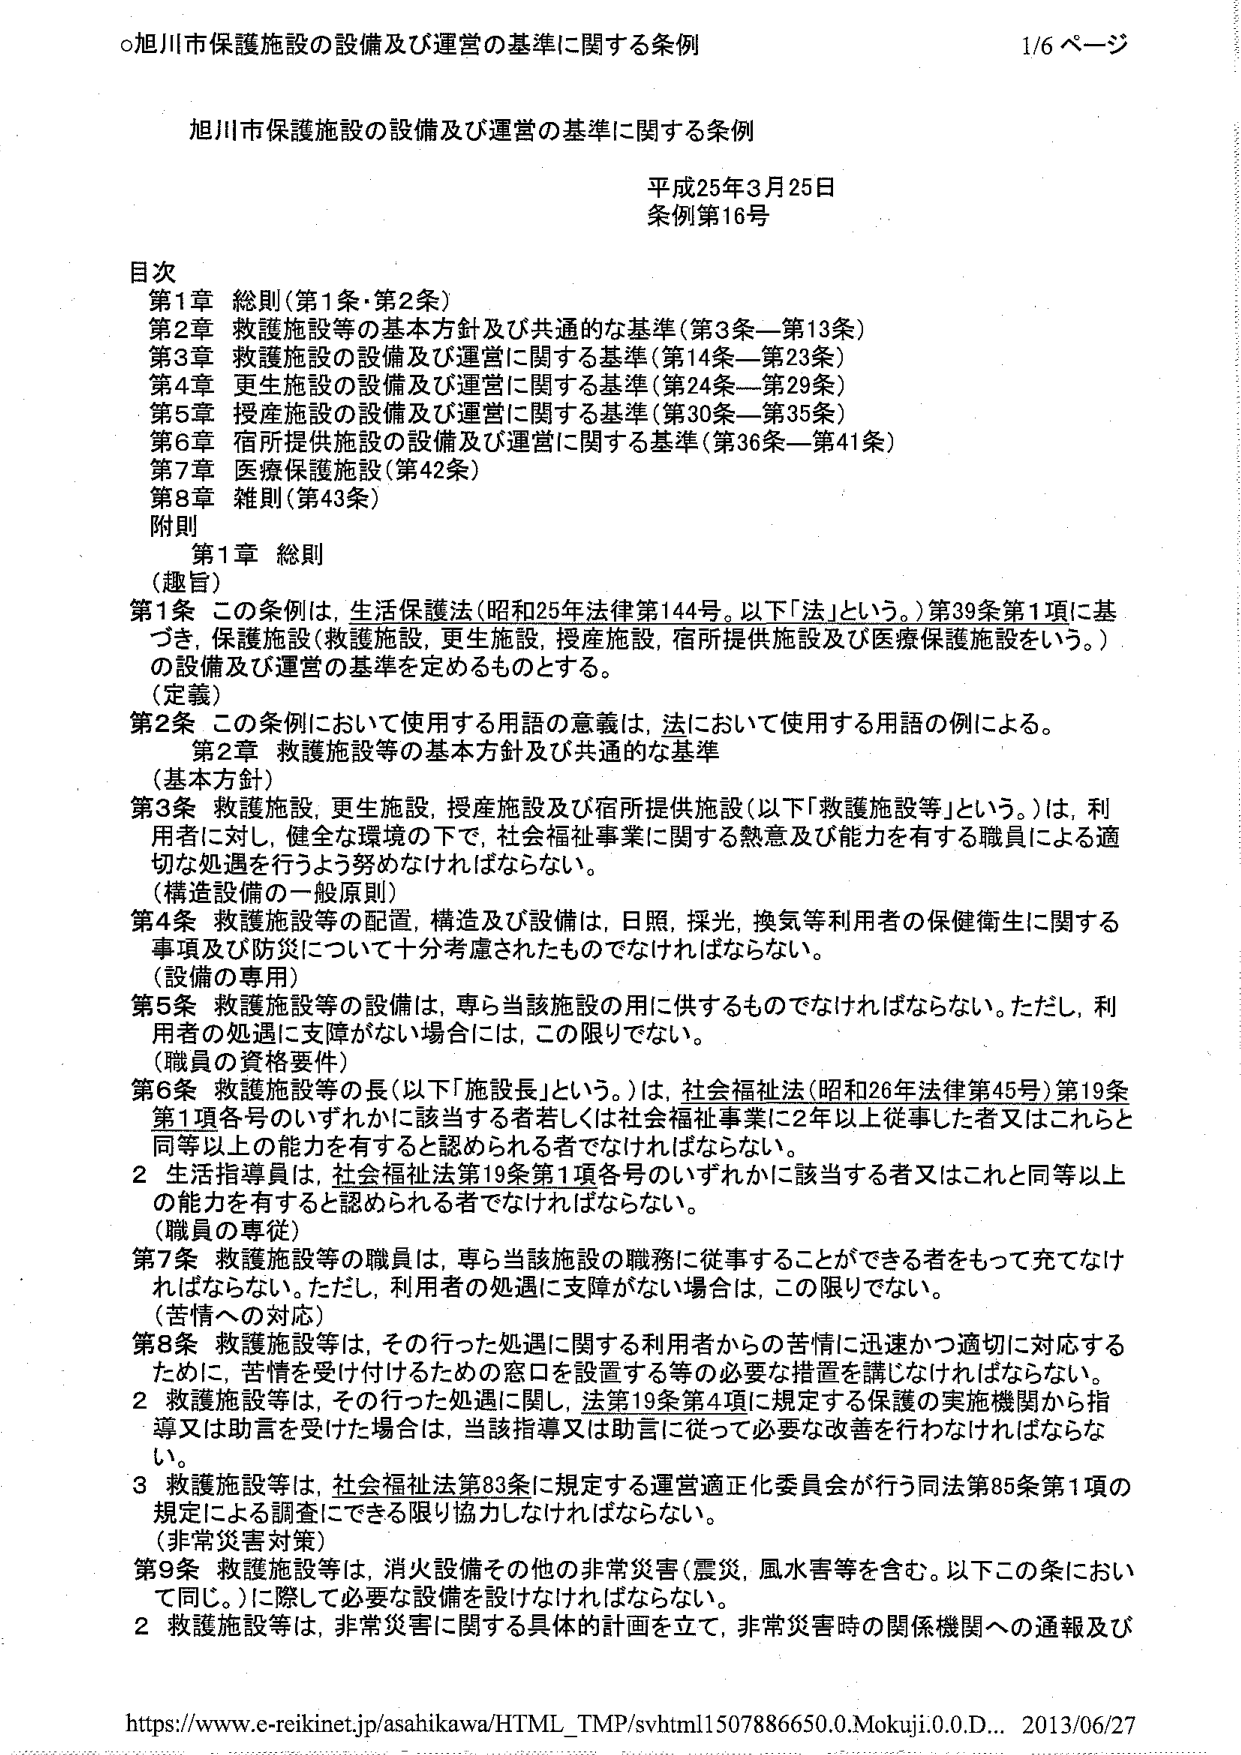
○旭川市保護施設の設備及び運営の基準に関する条例
1/6 ページ

旭川市保護施設の設備及び運営の基準に関する条例
平成25年3月25日
条例第16号

目次
第1章 総則（第1条・第2条）
第2章 救護施設等の基本方針及び共通的な基準（第3条—第13条）
第3章 救護施設の設備及び運営に関する基準（第14条—第23条）
第4章 更生施設の設備及び運営に関する基準（第24条—第29条）
第5章 授産施設の設備及び運営に関する基準（第30条—第35条）
第6章 宿所提供施設の設備及び運営に関する基準（第36条—第41条）
第7章 医療保護施設（第42条）
第8章 雑則（第43条）
附則

第1章 総則
（趣旨）
第1条 この条例は、生活保護法（昭和25年法律第144号。以下「法」という。）第39条第1項に基づき、保護施設（救護施設、更生施設、授産施設、宿所提供施設及び医療保護施設をいう。）の設備及び運営の基準を定めるものとする。
（定義）
第2条 この条例において使用する用語の意義は、法において使用する用語の例による。

第2章 救護施設等の基本方針及び共通的な基準
（基本方針）
第3条 救護施設、更生施設、授産施設及び宿所提供施設（以下「救護施設等」という。）は、利用者に対し、健全な環境の下で、社会福祉事業に関する熱意及び能力を有する職員による適切な処遇を行うよう努めなければならない。
（建造設備の一般原則）
第4条 救護施設等の配置、構造及び設備は、日照、採光、換気等利用者の保健衛生に関する事項及び防災について十分考慮されたものでなければならない。
（設備の専用）
第5条 救護施設等の設備は、専ら当該施設の用に供するものでなければならない。ただし、利用者の処遇に支障がない場合には、この限りでない。
（職員の資格要件）
第6条 救護施設等の長（以下「施設長」という。）は、社会福祉法（昭和26年法律第45号）第19条第1項各号のいずれかに該当する者若しくは社会福祉事業に2年以上従事した者又はこれと同等以上の能力を有すると認められる者でなければならない。
　2 生活指導員は、社会福祉法第19条第1項各号のいずれかに該当する者又はこれと同等以上の能力を有すると認められる者でなければならない。
（職員の専従）
第7条 救護施設等の職員は、専ら当該施設の職務に従事することができる者をもって充てなければならない。ただし、利用者の処遇に支障がない場合は、この限りでない。
（苦情への対応）
第8条 救護施設等は、その行った処遇に関する利用者からの苦情に迅速かつ適切に対応するために、苦情を受け付けるための窓口を設置する等の必要な措置を講じなければならない。
　2 救護施設等は、その行った処遇に関し、法第19条第4項に規定する保護の実施機関から指導又は助言を受けた場合は、当該指導又は助言に従って必要な改善を行わなければならない。
　3 救護施設等は、社会福祉法第83条に規定する運営適正化委員会が行う同法第85条第1項の規定による調査にできる限り協力しなければならない。
（非常災害対策）
第9条 救護施設等は、消火設備その他の非常災害（震災、風水害等を含む。以下この条において同じ。）に際して必要な設備を設けなければならない。
　2 救護施設等は、非常災害に関する具体的計画を立て、非常災害時の関係機関への通報及び

https://www.e-reikinet.jp/asahikawa/HTML_TMP/svhtml1507886650.0.Mokuji.0.0.D... 2013/06/27